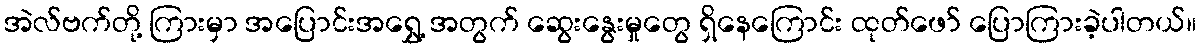
အဲလ်ဗက်တို့ ကြားမှာ အပြောင်းအရွှေ့ အတွက် ဆွေးနွေးမှုတွေ ရှိနေကြောင်း ထုတ်ဖော် ပြောကြားခဲ့ပါတယ်။